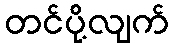
တင်ပို့လျက်